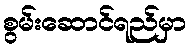
စွမ်းဆောင်ရည်မှာ